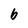
Character: b